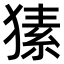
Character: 𤠚